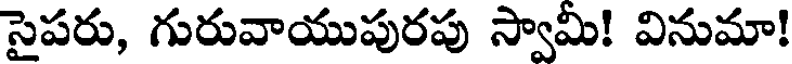
సైపరు, గురువాయుపురపు స్వామి! వినుమా!